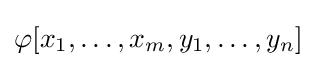
\varphi [x_{1},\ldots ,x_{m},y_{1},\ldots ,y_{n}]